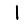
Digit: 1